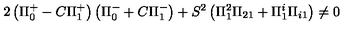
2 \left( \Pi _ { 0 } ^ { + } - C \Pi _ { 1 } ^ { + } \right) \left( \Pi _ { 0 } ^ { - } + C \Pi _ { 1 } ^ { - } \right) + S ^ { 2 } \left( \Pi _ { 1 } ^ { 2 } \Pi _ { 2 1 } + \Pi _ { 1 } ^ { i } \Pi _ { i 1 } \right) \neq 0